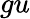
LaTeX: gu